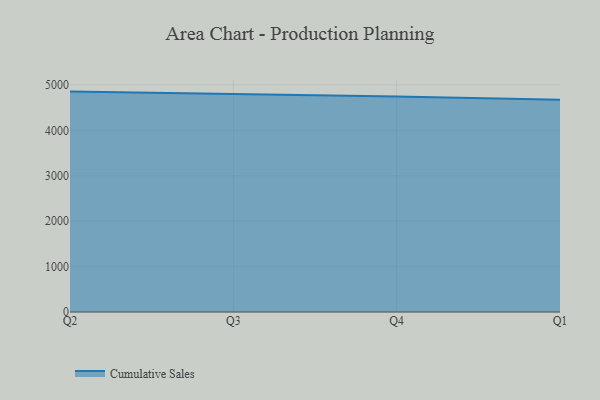
{"axis": {"x": "Quarter", "y": "Active Users"}, "legend": ["Cumulative Sales"], "data": [{"x": "Q2", "y": 4853.2, "type": "Cumulative Sales"}, {"x": "Q3", "y": 4803.7, "type": "Cumulative Sales"}, {"x": "Q4", "y": 4742.8, "type": "Cumulative Sales"}, {"x": "Q1", "y": 4672.6, "type": "Cumulative Sales"}]}